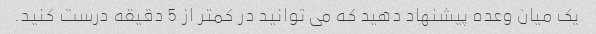
یک میان وعده پیشنهاد دهید که می توانید در کمتر از 5 دقیقه درست کنید.